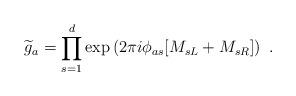
LaTeX: \begin{align*} {\widetilde g}_a=\prod_{s=1}^d \exp\left({2\pi i\phi_{as}} [M_{sL}+M_{sR}]\right)~.\end{align*}